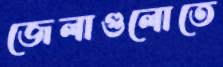
জেলাগুলোতে